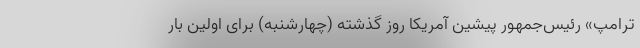
ترامپ» رئیس‌جمهور پیشین آمریکا روز گذشته (چهارشنبه) برای اولین بار